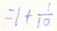
= 1 + \frac { 1 } { 1 0 }